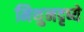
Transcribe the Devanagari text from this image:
मिथुनदृष्ये